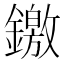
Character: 䥞